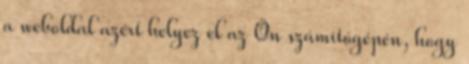
a weboldal azért helyez el az Ön számítógépén, hogy